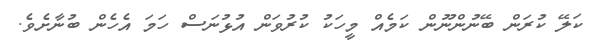
ކަލޭ ކުރަން ބޭނުންނޫން ކަމެއް މީހަކު ކުރުވަން އުޅުނަސް ހަމަ އެހެން ބުނާށެވެ.